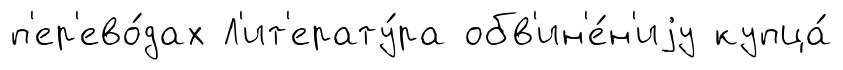
п'ер'ево́дах Л'ит'ерату́ра обв'ин'е́н'иjу купца́